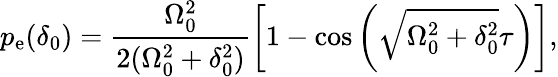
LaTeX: p_{\mathrm{e}}(\delta_{0})=\frac{\Omega_{0}^{2}}{2(\Omega_{0}^{2}+\delta_{0}^{2})}\left[1-\cos{\left(\sqrt{\Omega_{0}^{2}+\delta_{0}^{2}}\tau\right)}\right],